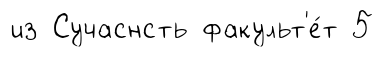
из Сучаснсть факульт'е́т 5